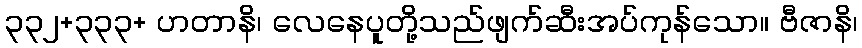
၃၃၂+၃၃၃+ ဟတာနိ၊ လေနေပူတို့သည်ဖျက်ဆီးအပ်ကုန်သော။ ဗီဇာနိ၊